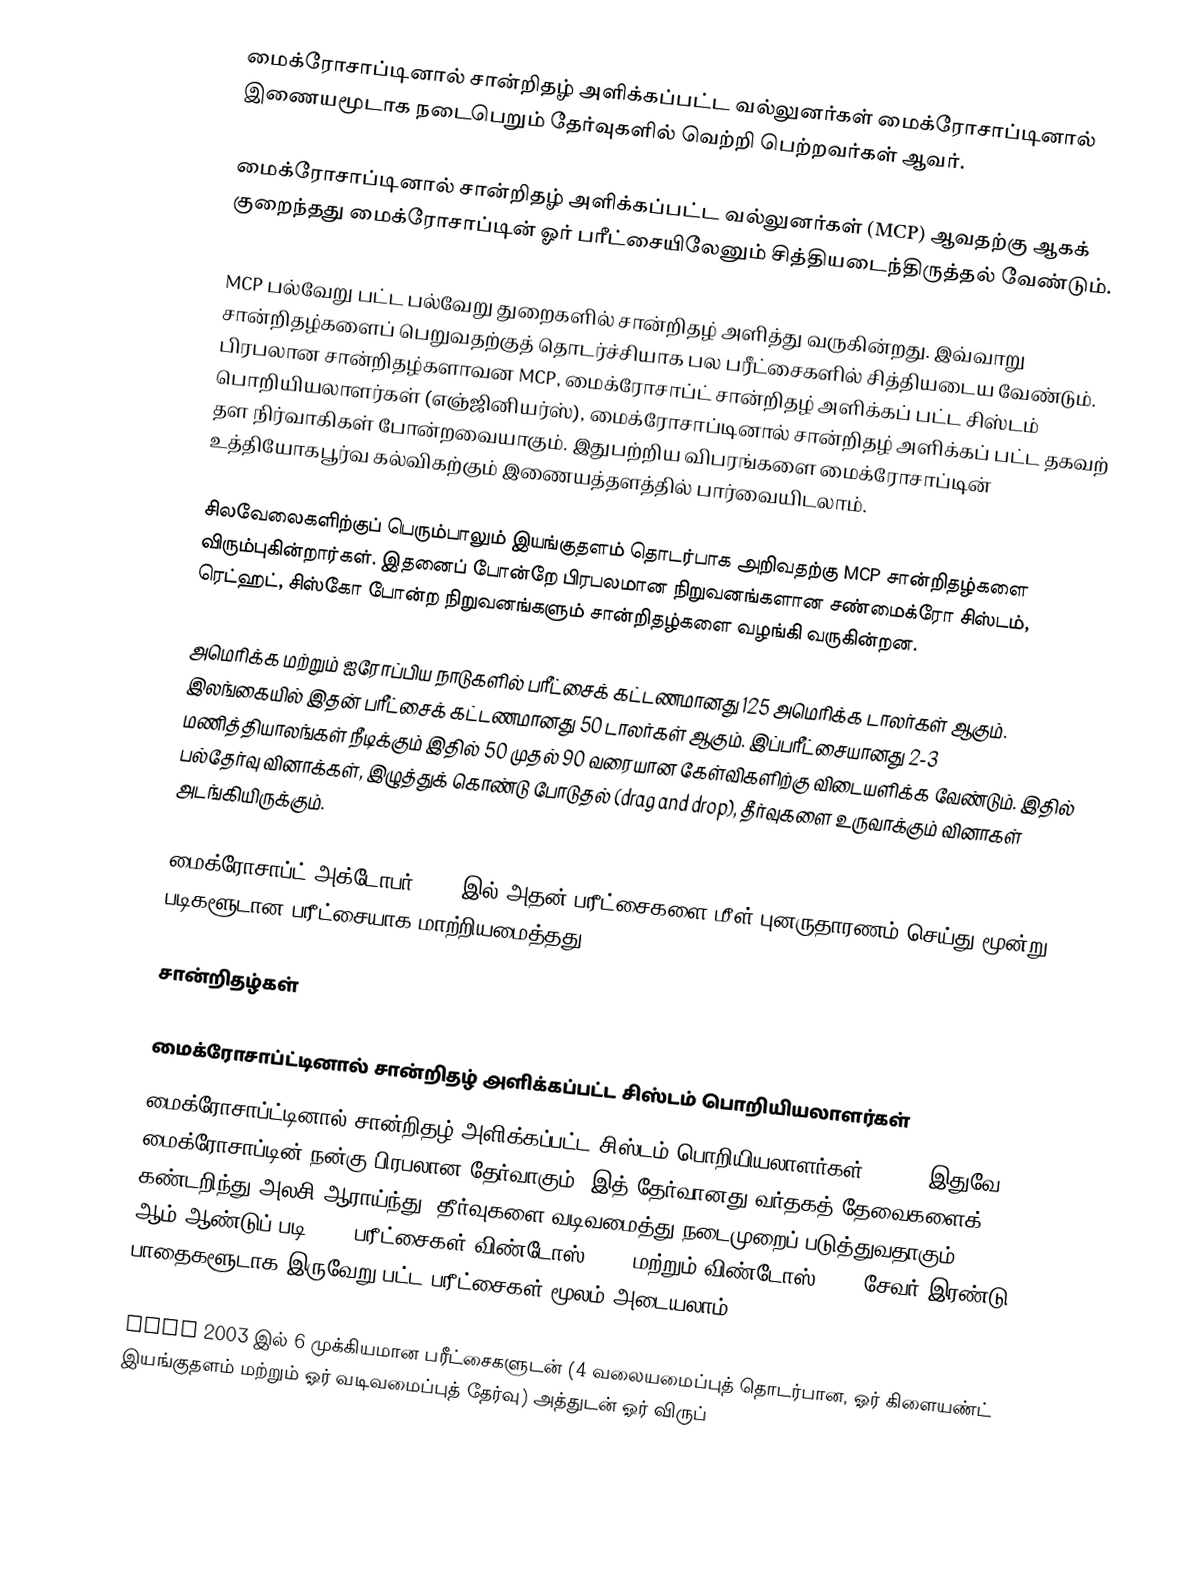
மைக்ரோசாப்டினால் சான்றிதழ் அளிக்கப்பட்ட வல்லுனர்கள் மைக்ரோசாப்டினால் இணையமூடாக நடைபெறும் தேர்வுகளில் வெற்றி பெற்றவர்கள் ஆவர்.

மைக்ரோசாப்டினால் சான்றிதழ் அளிக்கப்பட்ட வல்லுனர்கள் (MCP) ஆவதற்கு ஆகக் குறைந்தது மைக்ரோசாப்டின் ஓர் பரீட்சையிலேனும் சித்தியடைந்திருத்தல் வேண்டும்.

MCP பல்வேறு பட்ட பல்வேறு துறைகளில் சான்றிதழ் அளித்து வருகின்றது. இவ்வாறு சான்றிதழ்களைப் பெறுவதற்குத் தொடர்ச்சியாக பல பரீட்சைகளில் சித்தியடைய வேண்டும். பிரபலான சான்றிதழ்களாவன MCP, மைக்ரோசாப்ட் சான்றிதழ் அளிக்கப் பட்ட சிஸ்டம் பொறியியலாளர்கள் (எஞ்ஜினியர்ஸ்), மைக்ரோசாப்டினால் சான்றிதழ் அளிக்கப் பட்ட தகவற் தள நிர்வாகிகள் போன்றவையாகும். இதுபற்றிய விபரங்களை மைக்ரோசாப்டின் உத்தியோகபூர்வ கல்விகற்கும் இணையத்தளத்தில் பார்வையிடலாம்.

சிலவேலைகளிற்குப் பெரும்பாலும் இயங்குதளம் தொடர்பாக அறிவதற்கு MCP சான்றிதழ்களை விரும்புகின்றார்கள். இதனைப் போன்றே பிரபலமான நிறுவனங்களான சண்மைக்ரோ சிஸ்டம், ரெட்ஹட், சிஸ்கோ போன்ற நிறுவனங்களும் சான்றிதழ்களை வழங்கி வருகின்றன.

அமெரிக்க மற்றும் ஐரோப்பிய நாடுகளில் பரீட்சைக் கட்டணமானது 125 அமெரிக்க டாலர்கள் ஆகும். இலங்கையில் இதன் பரீட்சைக் கட்டணமானது 50 டாலர்கள் ஆகும். இப்பரீட்சையானது 2-3 மணித்தியாலங்கள் நீடிக்கும் இதில் 50 முதல் 90 வரையான கேள்விகளிற்கு விடையளிக்க வேண்டும். இதில் பல்தேர்வு வினாக்கள், இழுத்துக் கொண்டு போடுதல் (drag and drop), தீர்வுகளை உருவாக்கும் வினாகள் அடங்கியிருக்கும்.

மைக்ரோசாப்ட் அக்டோபர் 2005 இல் அதன் பரீட்சைகளை மீள் புனருதாரணம் செய்து மூன்று படிகளூடான பரீட்சையாக மாற்றியமைத்தது.

சான்றிதழ்கள்

மைக்ரோசாப்ட்டினால் சான்றிதழ் அளிக்கப்பட்ட சிஸ்டம் பொறியியலாளர்கள்
மைக்ரோசாப்ட்டினால் சான்றிதழ் அளிக்கப்பட்ட சிஸ்டம் பொறியியலாளர்கள் (MCSE) இதுவே மைக்ரோசாப்டின் நன்கு பிரபலான தேர்வாகும். இத் தேர்வானது வர்தகத் தேவைகளைக் கண்டறிந்து அலசி ஆராய்ந்து, தீர்வுகளை வடிவமைத்து நடைமுறைப் படுத்துவதாகும். 2006 ஆம் ஆண்டுப் படி MCSE பரீட்சைகள் விண்டோஸ் 2000 மற்றும் விண்டோஸ் 2003 சேவர் இரண்டு பாதைகளூடாக இருவேறு பட்ட பரீட்சைகள் மூலம் அடையலாம்.

MCSE 2003 இல் 6 முக்கியமான பரீட்சைகளுடன் (4 வலையமைப்புத் தொடர்பான, ஓர் கிளையண்ட் இயங்குதளம் மற்றும் ஓர் வடிவமைப்புத் தேர்வு) அத்துடன் ஓர் விருப்